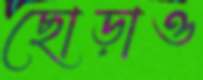
ছোড়াও